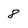
Character: 8